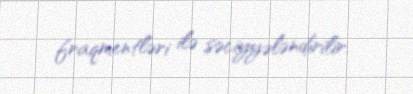
fraqmentləri ilə səciyyələndirilir.